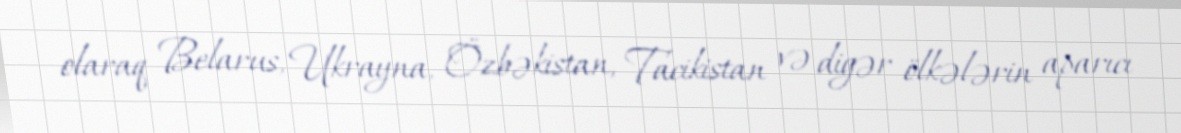
olaraq Belarus, Ukrayna, Özbəkistan, Tacikistan və digər ölkələrin aparıcı